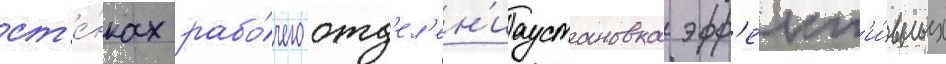
ст'е́нках рабо́чего отд'ел'ен'иаустановка эфф'ект'и́вных